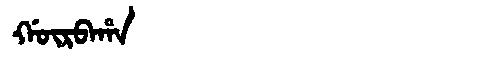
Manchu: ᡤᡡᡵᠪᠠᡥᠠ
Romanization: GŪRBAHA